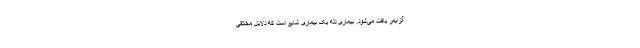
آلزایمر یافت می‌شود. بیماری لثه یک بیماری شایع است که دلایل مختلفی